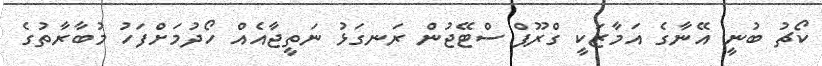
ކޯޗު ބުނީ އޭނާގެ އަމާޒަކީ ގްރޫޕް ސްޓޭޖުން ރަނގަޅު ނަތީޖާއެއް ހޯދުމަށްފަހު މުބާރާތުގެ